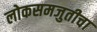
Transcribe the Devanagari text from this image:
लोकसमजुतीचा